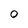
Character: 0